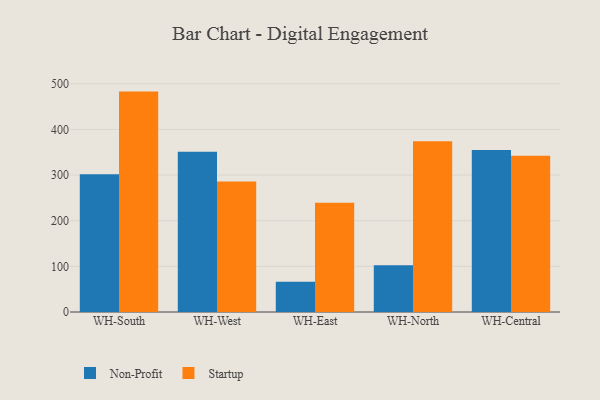
{"axis": {"x": "Warehouse", "y": "Bounce Rate (%)"}, "legend": ["Non-Profit", "Startup"], "data": [{"x": "WH-South", "y": 302.0, "type": "Non-Profit"}, {"x": "WH-South", "y": 482.9, "type": "Startup"}, {"x": "WH-West", "y": 351.3, "type": "Non-Profit"}, {"x": "WH-West", "y": 286.0, "type": "Startup"}, {"x": "WH-East", "y": 66.1, "type": "Non-Profit"}, {"x": "WH-East", "y": 239.5, "type": "Startup"}, {"x": "WH-North", "y": 102.7, "type": "Non-Profit"}, {"x": "WH-North", "y": 374.0, "type": "Startup"}, {"x": "WH-Central", "y": 355.0, "type": "Non-Profit"}, {"x": "WH-Central", "y": 342.2, "type": "Startup"}]}